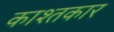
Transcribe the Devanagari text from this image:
काश्‍तकार